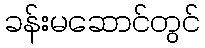
ခန်းမဆောင်တွင်